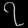
Digit: ၇